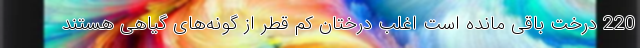
220 درخت باقی مانده است اغلب درختان کم قطر از گونه‌های گیاهی هستند